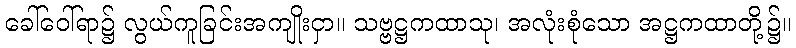
ခေါ်ဝေါ်ရာ၌ လွယ်ကူခြင်းအကျိုးငှာ။ သဗ္ဗဋ္ဌကထာသု၊ အလုံးစုံသော အဋ္ဌကထာတို့၌။